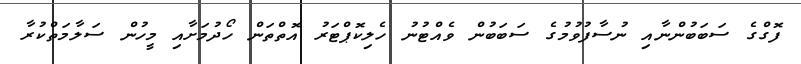
ފޮގްގެ ސަބަބުންނާއި ނުސާފުވުމުގެ ސަބަބުން ވެއްޓުނު ހެލިކޮޕްޓަރު އޮތްތަން ހޯދުމަށާއި މީހުން ސަލާމަތްކުރާ